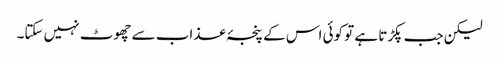
لیکن جب پکڑتا ہے تو کوئی اس کے پنجۂ عذاب سے چھوٹ نہیں سکتا۔